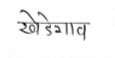
मजकूर: खेडेगाव